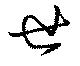
世